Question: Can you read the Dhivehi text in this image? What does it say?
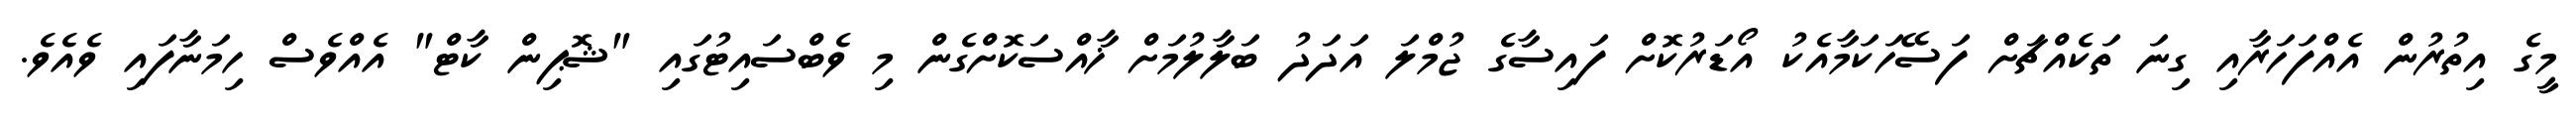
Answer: މީގެ އިތުރުން އެއްފަހަރާއި ގިނަ ތަކެއްޗަށް ފަސޭހަކަމާއެކު އޯޑަރުކޮށް ފައިސާގެ ޖުމްލަ އަދަދު ބަލާލުމަށް ޚާއްސަކޮށްގެން މި ވެބްސައިޓުގައި "ޝޮޕިން ކާޓް" އެއްވެސް ހިމަނާފައި ވެއެވެ.